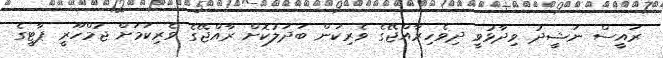
ރައީސް ނަޝީދު ވިދާޅުވީ ދިވެހިރާއްޖޭގެ ވެރިކަން ބަދަލުކޮށް ރާއްޖޭގެ ވެރިކަމަށް ޖުމްހޫރީ ޕާޓީގެ